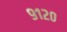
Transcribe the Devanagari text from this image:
९१२०